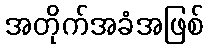
အတိုက်အခံအဖြစ်